Source: Handwritten
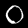
Digit: ၀ (0)